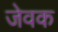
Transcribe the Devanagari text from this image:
जेवक